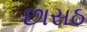
છાસઠ